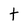
Character: t